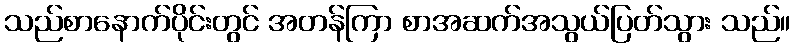
သည်စာနောက်ပိုင်းတွင် အတန်ကြာ စာအဆက်အသွယ်ပြတ်သွား သည်။